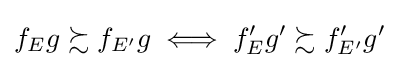
f_{E}g\succsim f_{E'}g\iff f'_{E}g'\succsim f'_{E'}g'